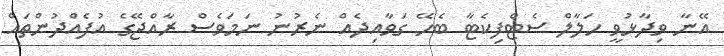
އޭނާ ވިދާޅުވީ ހަލާލް ސެޓްފިކެޓާ ބެހޭ ގަވާއިދެއް ނެރުނު ނަމަވެސް ރާއްޖޭގެ އުފެއްދުންތައް